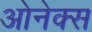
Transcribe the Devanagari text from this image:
ओनेक्स